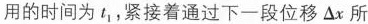
用的时间为t_{1}，紧接着通过下一段位移△x所